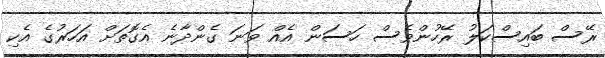
ރޭސް ބައިސްކަލު ރޭހުންވެސް ހަސަން އެއް ވަނަ ގެންދާނެ އެގޮތަށް އަހަރުގެ އެކި